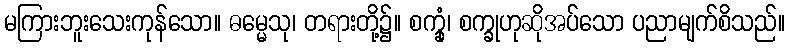
မကြားဘူးသေးကုန်သော။ ဓမ္မေသု၊ တရားတို့၌။ စက္ခုံ၊ စက္ခုဟုဆိုအပ်သော ပညာမျက်စိသည်။